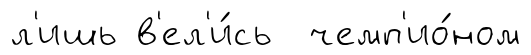
л'ишь в'ел'и́сь чемп'ио́ном